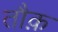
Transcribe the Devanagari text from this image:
तौक़